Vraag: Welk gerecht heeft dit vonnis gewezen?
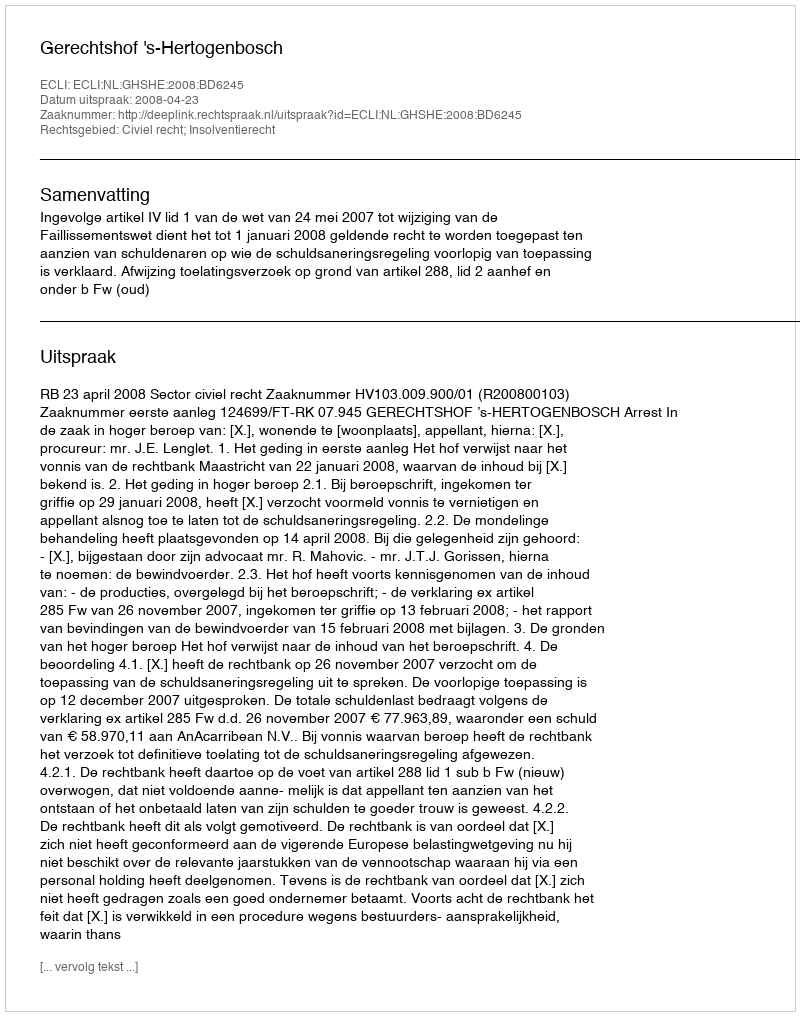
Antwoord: Gerechtshof 's-Hertogenbosch